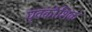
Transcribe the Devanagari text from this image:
घृतकौशिक